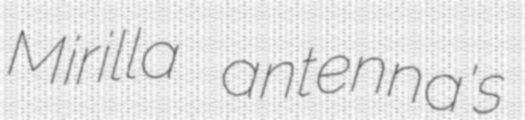
Mirilla antenna's